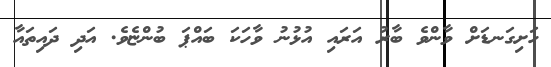
ހަށިގަނޑަށް ވާންވެ ބާރު އަރައި އުޅުނު ވާހަކަ ބައްޕަ ބުންޏެވެ. އަދި ދައިތައާ